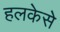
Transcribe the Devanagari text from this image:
हलकेसे